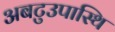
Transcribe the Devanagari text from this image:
अबटुउपास्थि